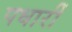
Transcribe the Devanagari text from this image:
पधारीं